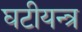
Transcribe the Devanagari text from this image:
घटीयन्त्र